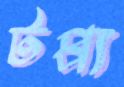
টপ্প্য